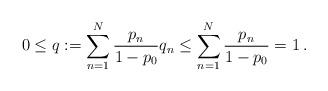
LaTeX: \begin{align*}0\le q:=\sum_{n=1}^N\frac{p_n}{1-p_0}q_n\le \sum_{n=1}^N\frac{p_n}{1-p_0}=1\:.\end{align*}